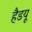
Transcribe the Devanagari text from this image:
हैडयू